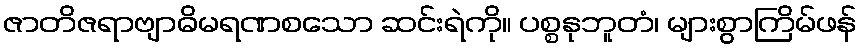
ဇာတိဇရာဗျာဓိမရဏစသော ဆင်းရဲကို။ ပစ္စနုဘူတံ၊ များစွာကြိမ်ဖန်